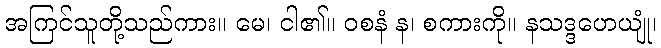
အကြင်သူတို့သည်ကား။ မေ၊ ငါ၏။ ဝစနံ န၊ စကားကို။ နသဒ္ဒဟေယျုံ၊